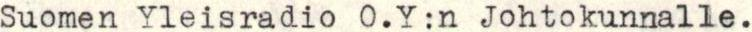
Suomen Yleisradio O.Y:n Johtokunnalle.